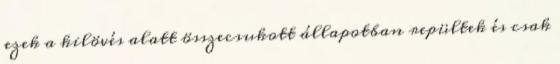
ezek a kilövés alatt összecsukott állapotban repültek és csak